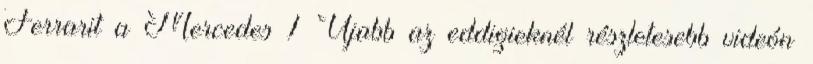
Ferrarit a Mercedes 1 Újabb az eddigieknél részletesebb videón